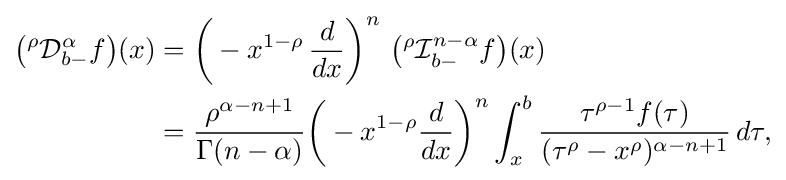
{\begin{aligned}{\big (}{}^{\rho }{\mathcal {D}}_{b-}^{\alpha }f{\big )}(x)&={\bigg (}-x^{1-\rho }\,{\frac {d}{dx}}{\bigg )}^{n}\,\,{\big (}{}^{\rho }{\mathcal {I}}_{b-}^{n-\alpha }f{\big )}(x)\\&={\frac {\rho ^{\alpha -n+1}}{\Gamma ({n-\alpha })}}{\bigg (}-x^{1-\rho }{\frac {d}{dx}}{\bigg )}^{n}\int _{x}^{b}{\frac {\tau ^{\rho -1}f(\tau )}{(\tau ^{\rho }-x^{\rho })^{\alpha -n+1}}}\,d\tau ,\end{aligned}}